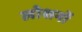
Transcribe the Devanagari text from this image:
लोशनों